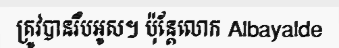
ត្រូវបានរឹបអូស។ ប៉ុន្តែលោក Albayalde